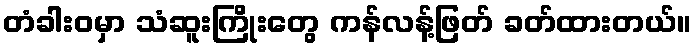
တံခါးဝမှာ သံဆူးကြိုးတွေ ကန်လန့်ဖြတ် ခတ်ထားတယ်။